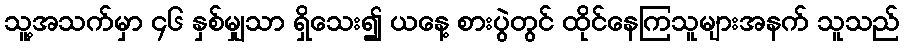
သူ့အသက်မှာ ၄၆ နှစ်မျှသာ ရှိသေး၍ ယနေ့ စားပွဲတွင် ထိုင်နေကြသူများအနက် သူသည်